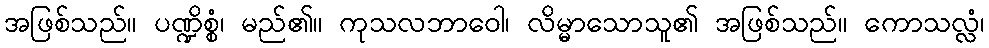
အဖြစ်သည်။ ပဏ္ဍိစ္စံ၊ မည်၏။ ကုသလဘာဝေါ၊ လိမ္မာသောသူ၏ အဖြစ်သည်။ ကောသလ္လံ၊